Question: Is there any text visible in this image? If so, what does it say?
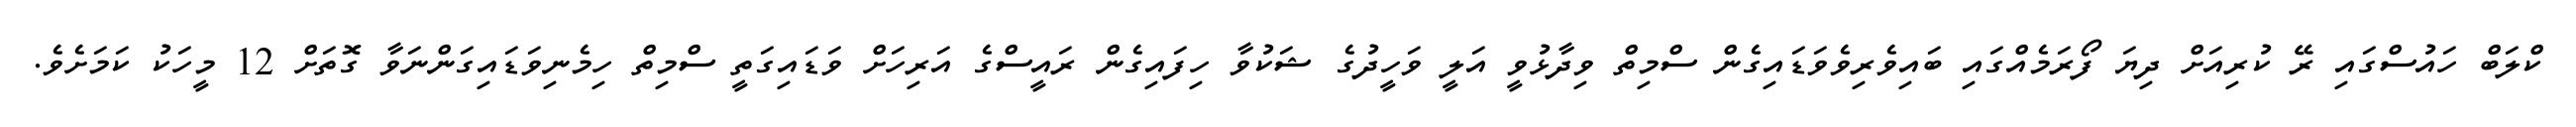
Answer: ކްލަބް ހައުސްގައި ރޭ ކުރިއަށް ދިޔަ ފޯރަމެއްގައި ބައިވެރިވެވަޑައިގެން ސްމިތް ވިދާޅުވީ އަލީ ވަހީދުގެ ޝަކުވާ ހިފައިގެން ރައީސްގެ އަރިހަށް ވަޑައިގަތީ ސްމިތް ހިމެނިވަޑައިގަންނަވާ ގޮތަށް 12 މީހަކު ކަމަށެވެ.